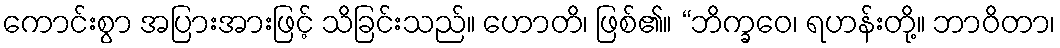
ကောင်းစွာ အပြားအားဖြင့် သိခြင်းသည်။ ဟောတိ၊ ဖြစ်၏။ “ဘိက္ခဝေ၊ ရဟန်းတို့။ ဘာဝိတာ၊